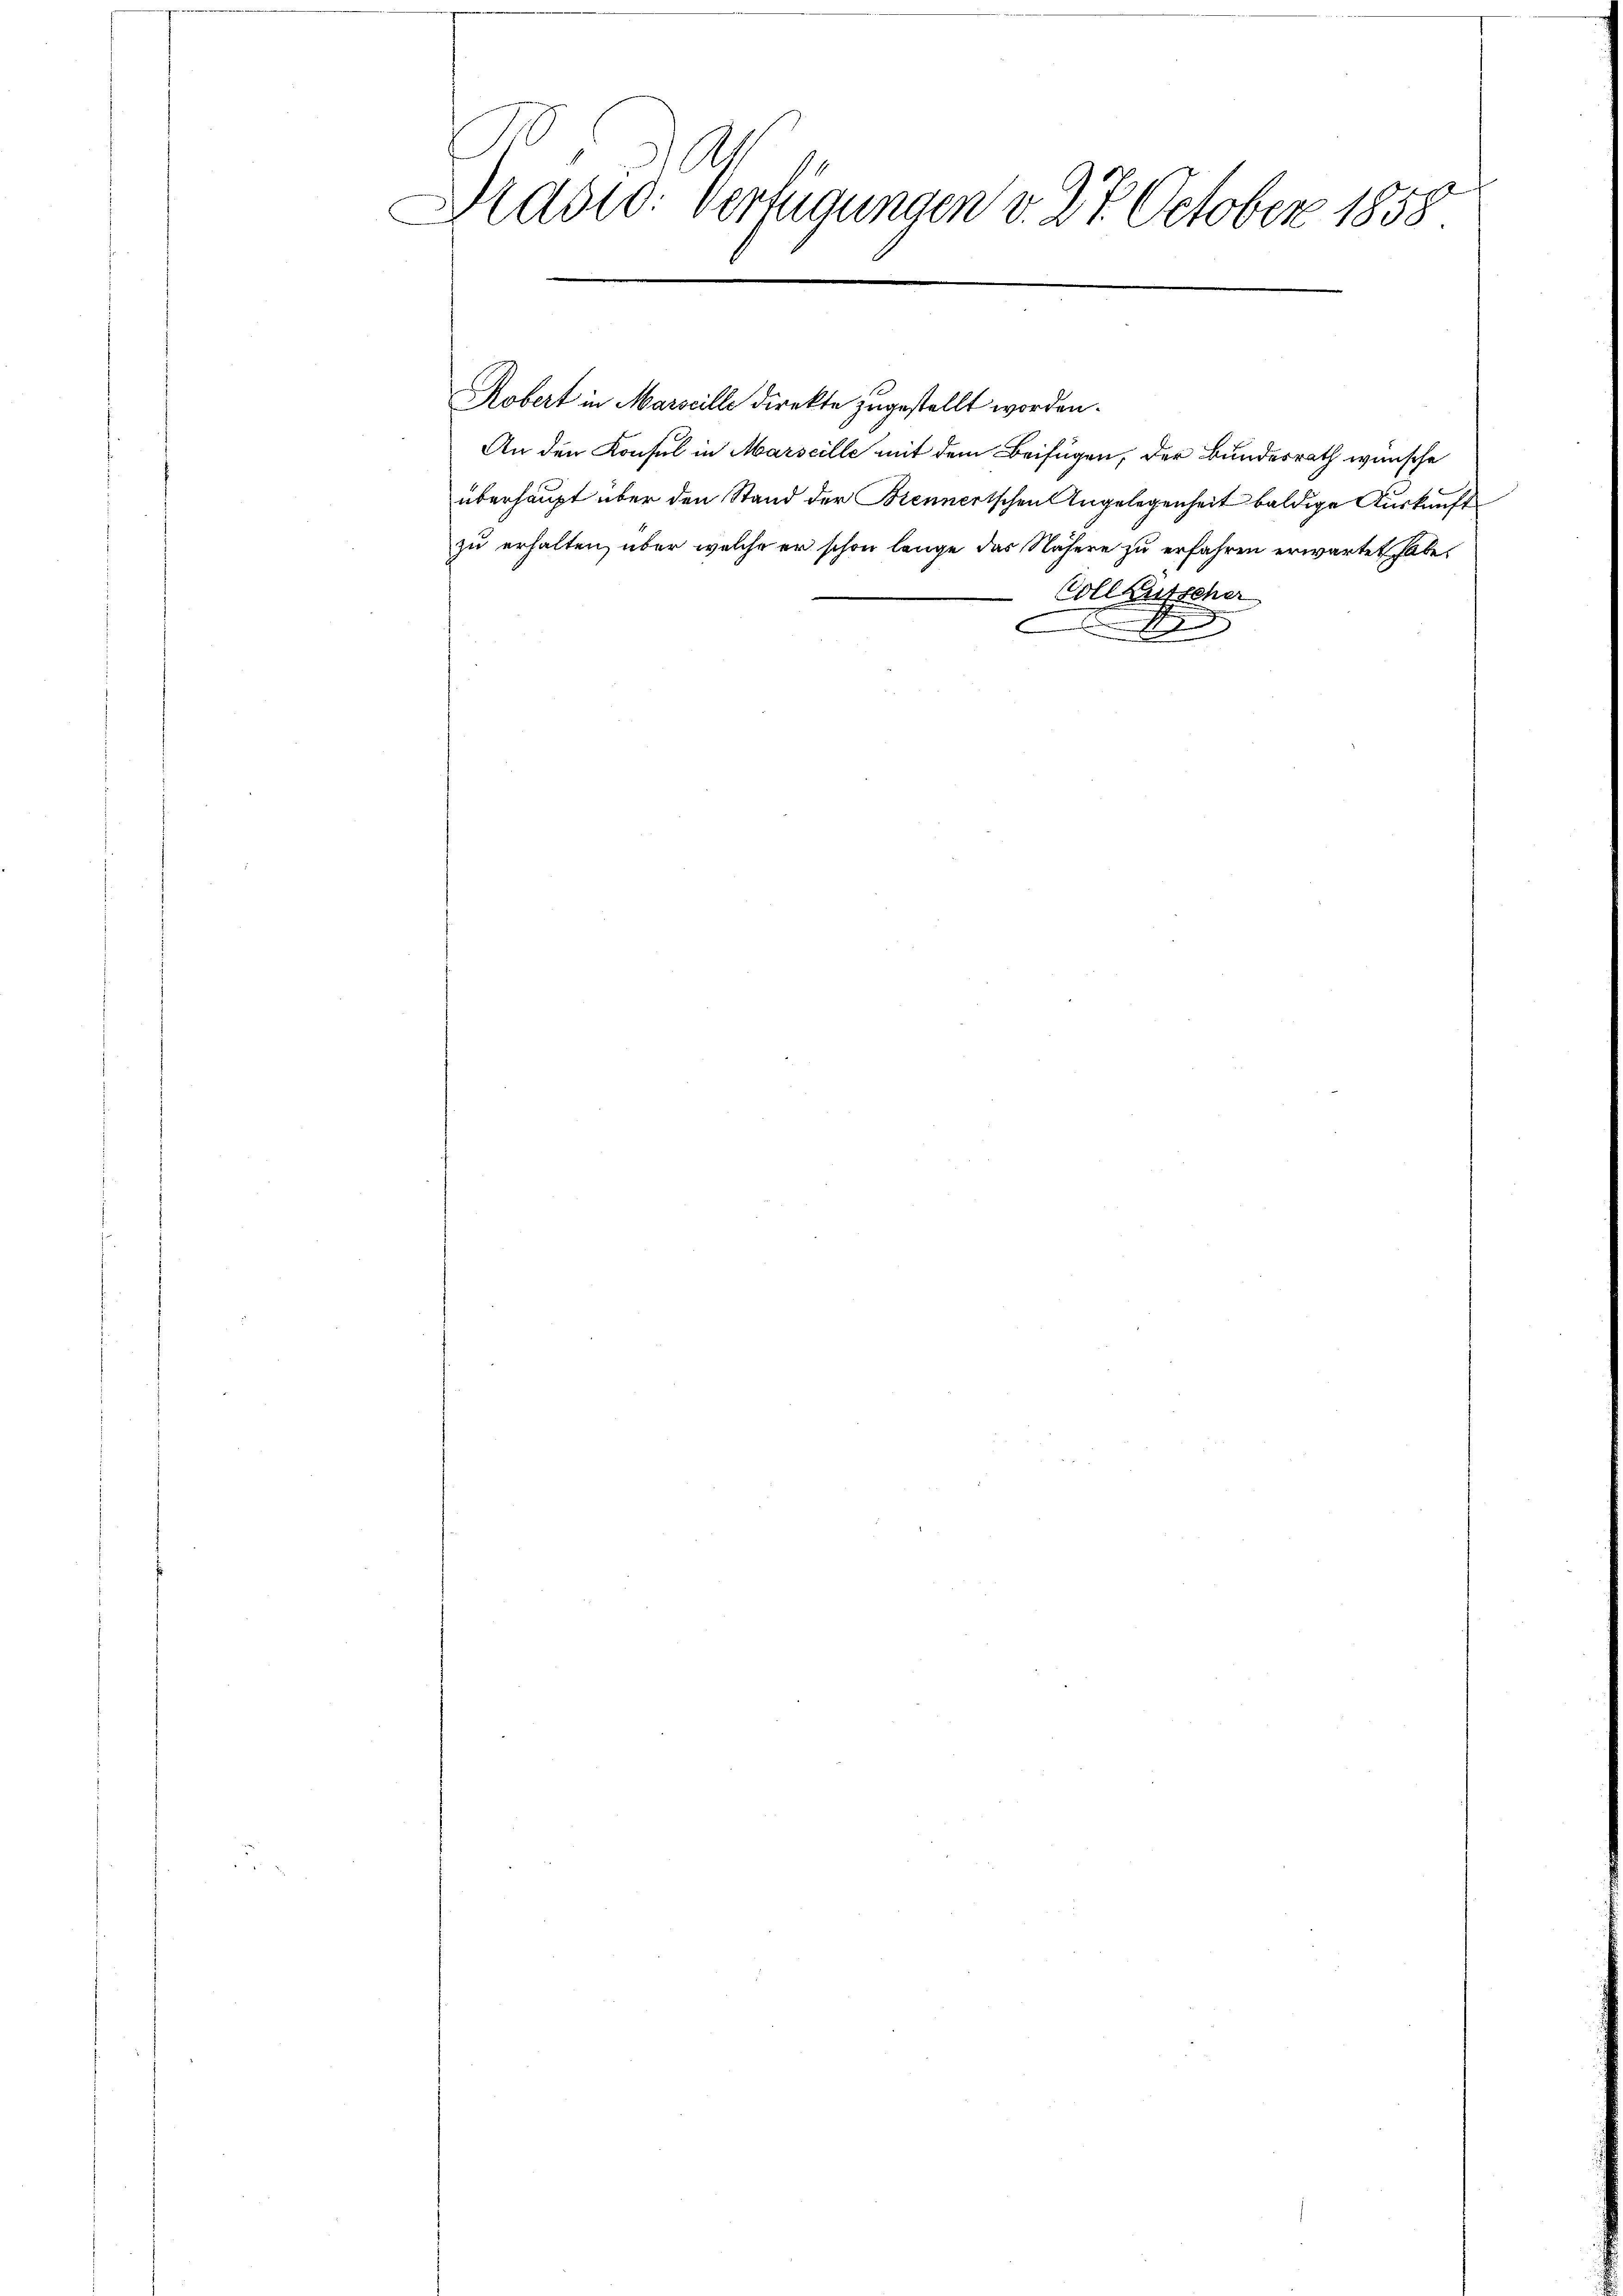
1
21.
.
Addid: Verfügungen d. d. S.
uber 1858.

Robert in Marscille direkte zugestellt worden.
An den Konsul in Marseille mit dem Beifügen, der Bundesrath wünsche
überhaupt über den Stand der Brennertschen Angelegenheit baldige Auskunft
zu erhalten, über welche er schon lange das Nähere zu erfahren erwartet habe.
Voll Kutscher

t

d